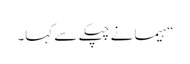
“ہیما نے چپکے سے کہا۔